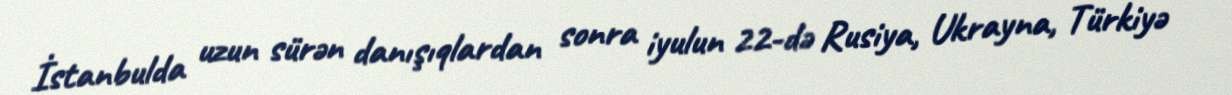
İstanbulda uzun sürən danışıqlardan sonra iyulun 22-də Rusiya, Ukrayna, Türkiyə